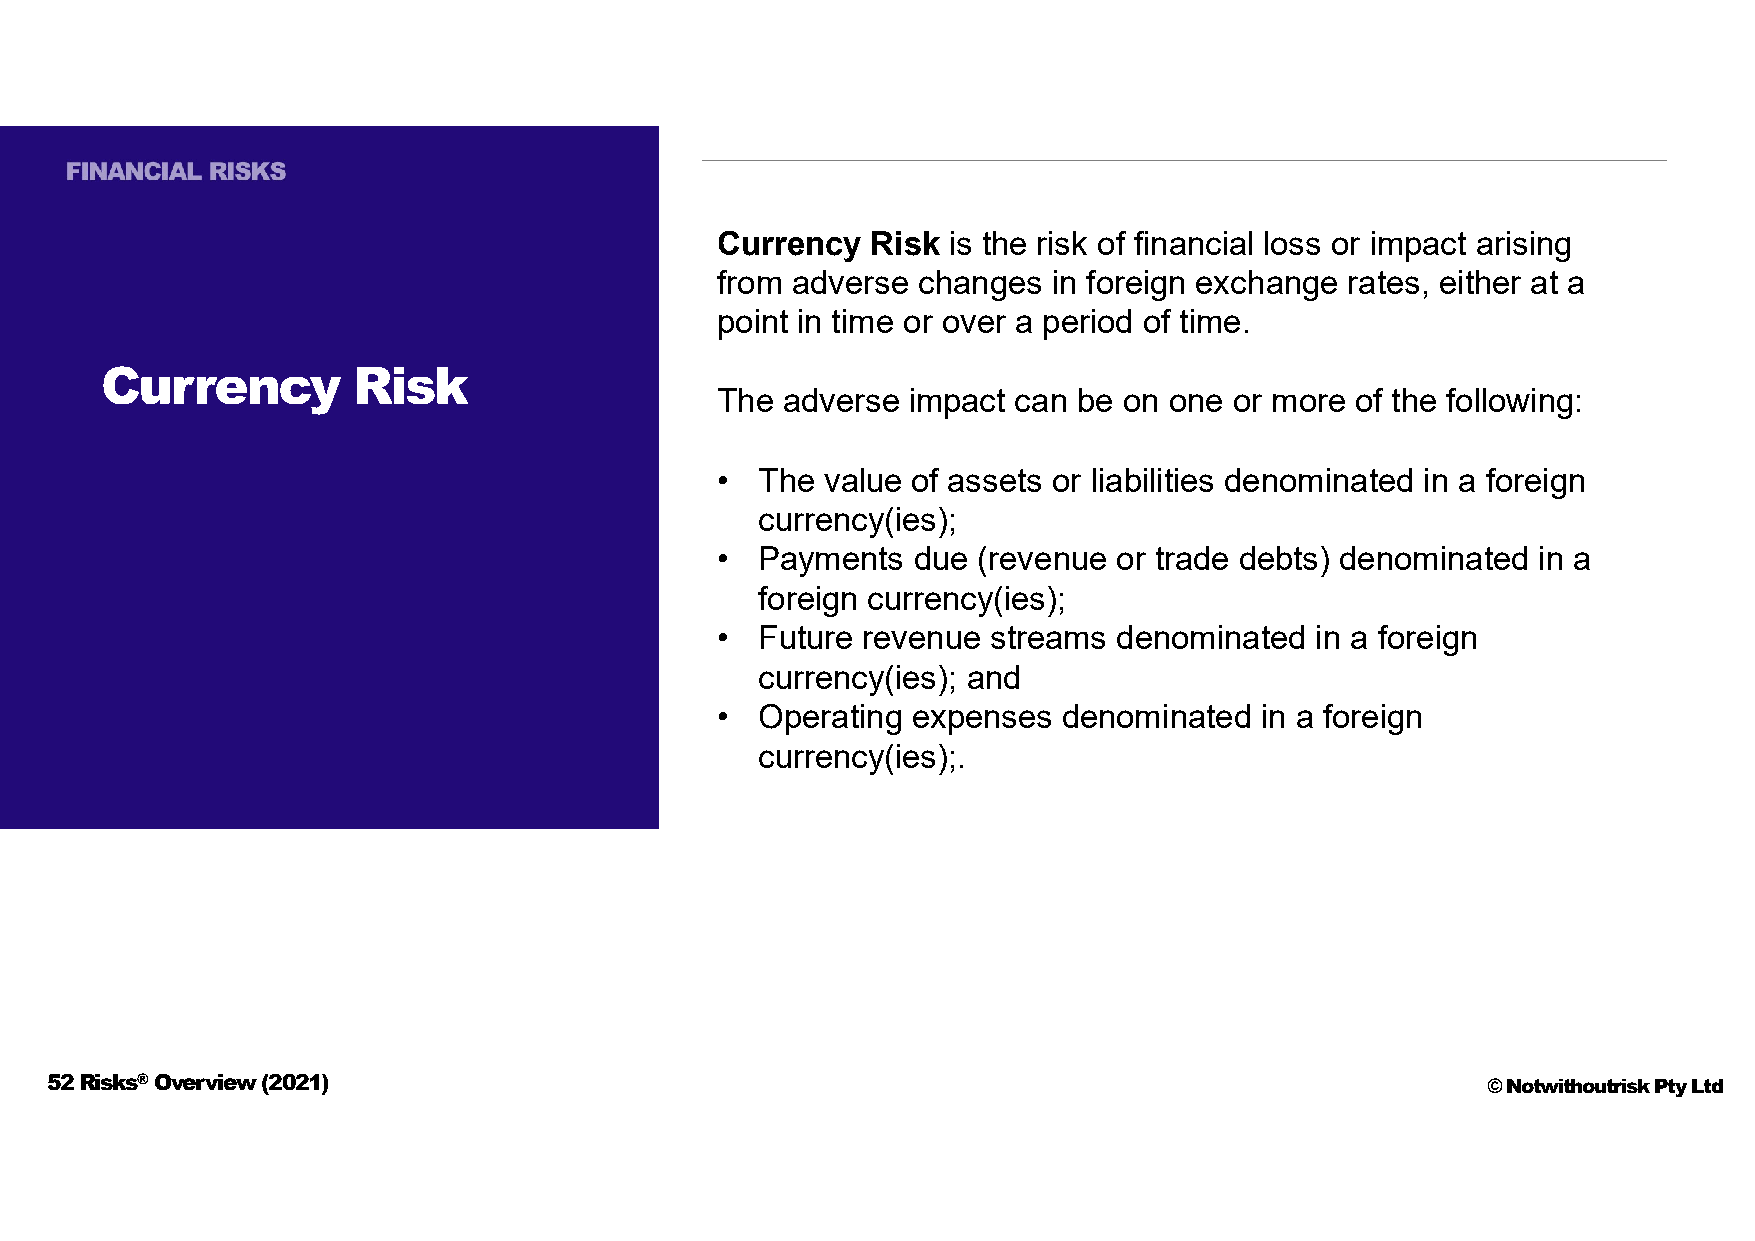
Currency   Risk is the risk of financial loss or impact arising
 from adverse  changes  in foreign exchange rates, either at a
 point in time or over a period of time.
 Currency        Risk
 The  adverse impact can be on one  or more of the following:
 •  The  value of assets or liabilities denominated in a foreign
 currency(ies);
 •  Payments  due  (revenue or trade debts) denominated in a
 foreign currency(ies);
 •  Future revenue  streams denominated  in a foreign
 currency(ies); and
 •  Operating expenses  denominated  in a foreign
 currency(ies);.
 52 Risks®Overview (2021)                                                                       © Notwithoutrisk Pty Ltd